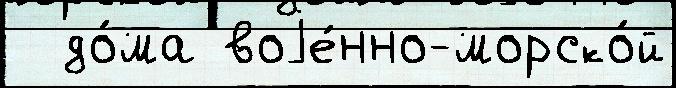
  до́ма воjе́нно-морско́й